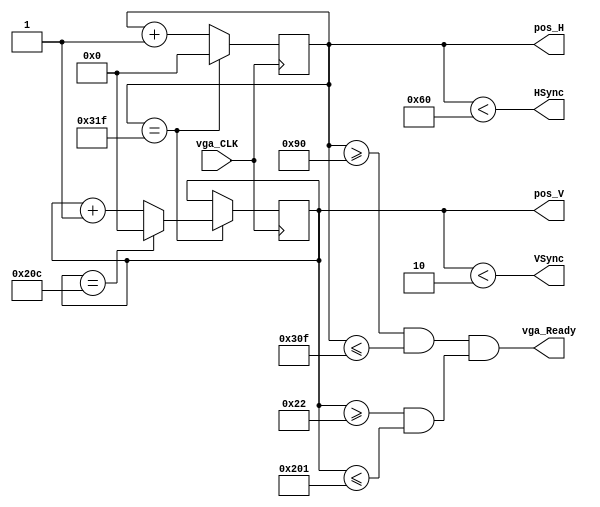
module VGA_SyncS(vga_CLK, VSync, HSync, vga_Ready, pos_H, pos_V);

input vga_CLK;
output reg [9:0] pos_H, pos_V;
output wire vga_Ready, HSync, VSync;

parameter H_sync = 96;
parameter H_back = 48;
parameter H_front = 16;
parameter one_line = 799;
parameter V_sync = 2;
parameter V_back = 32;
parameter V_front = 11;
parameter one_frame = 524; 

wire vga_ReadyH, vga_ReadyV;

initial begin
	pos_H = 10'd0;
	pos_V = 10'd0;
end

always @(posedge vga_CLK) begin
	if(pos_H == one_line) begin 
		pos_H <= 0;
		if(pos_V == one_frame) pos_V <= 0;
		else pos_V <= pos_V + 1;
		end
	else pos_H <= pos_H + 1;
end

assign HSync = (pos_H < H_sync);
assign VSync = (pos_V < V_sync);
assign vga_ReadyH = (pos_H >= (H_sync+H_back) && pos_H <= (one_line-H_front));
assign vga_ReadyV = (pos_V >= (V_sync+V_back) && pos_V <= (one_frame-V_front));
assign vga_Ready = (vga_ReadyH && vga_ReadyV);

endmodule